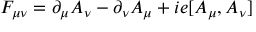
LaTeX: F _ { \mu \nu } = \partial _ { \mu } A _ { \nu } - \partial _ { \nu } A _ { \mu } + i e [ A _ { \mu } , A _ { \nu } ]